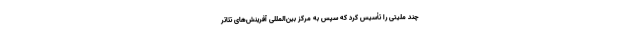
چند ملیتی را تأسیس کرد که سپس به مرکز بین‌المللی آفرینش‌های تئاتر